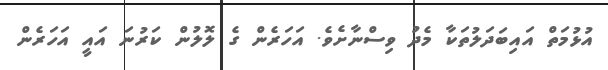
އުޅުމަތް އައިބަދަލުތަކާ މެދު ވިސްނާށެވެ. އަހަރެން ގެ ލޮލުން ކަރުނަ އައީ އަހަރެން